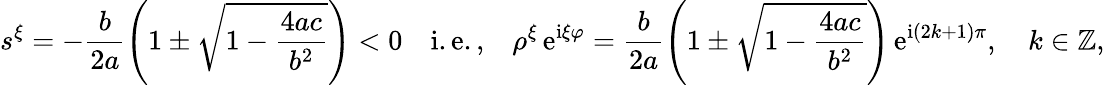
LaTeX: s^{\xi}=-\frac{b}{2a}\left(1\pm\sqrt{1-\frac{4ac}{b^{2}}}\right)<0\quad\mathrm{i.e.,}\quad\rho^{\xi}\, \mathrm{e}^{\mathrm{i}\xi\varphi}=\frac{b}{2a}\left(1\pm\sqrt{1-\frac{4ac}{b^{2}}}\right)\, \mathrm{e}^{\mathrm{i}\left(2k+1\right)\pi},\quad k\in\mathbb{Z},